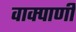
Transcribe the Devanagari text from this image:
वाक्पाणी